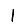
Digit: 1